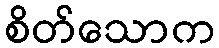
စိတ်သောက